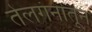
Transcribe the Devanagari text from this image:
तेलगंनातून